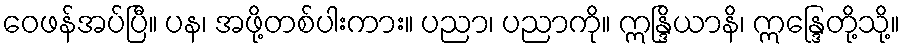
ဝေဖန်အပ်ပြီ။ ပန၊ အဖို့တစ်ပါးကား။ ပညာ၊ ပညာကို။ ဣန္ဒြိယာနိ၊ ဣန္ဒြေတို့သို့။